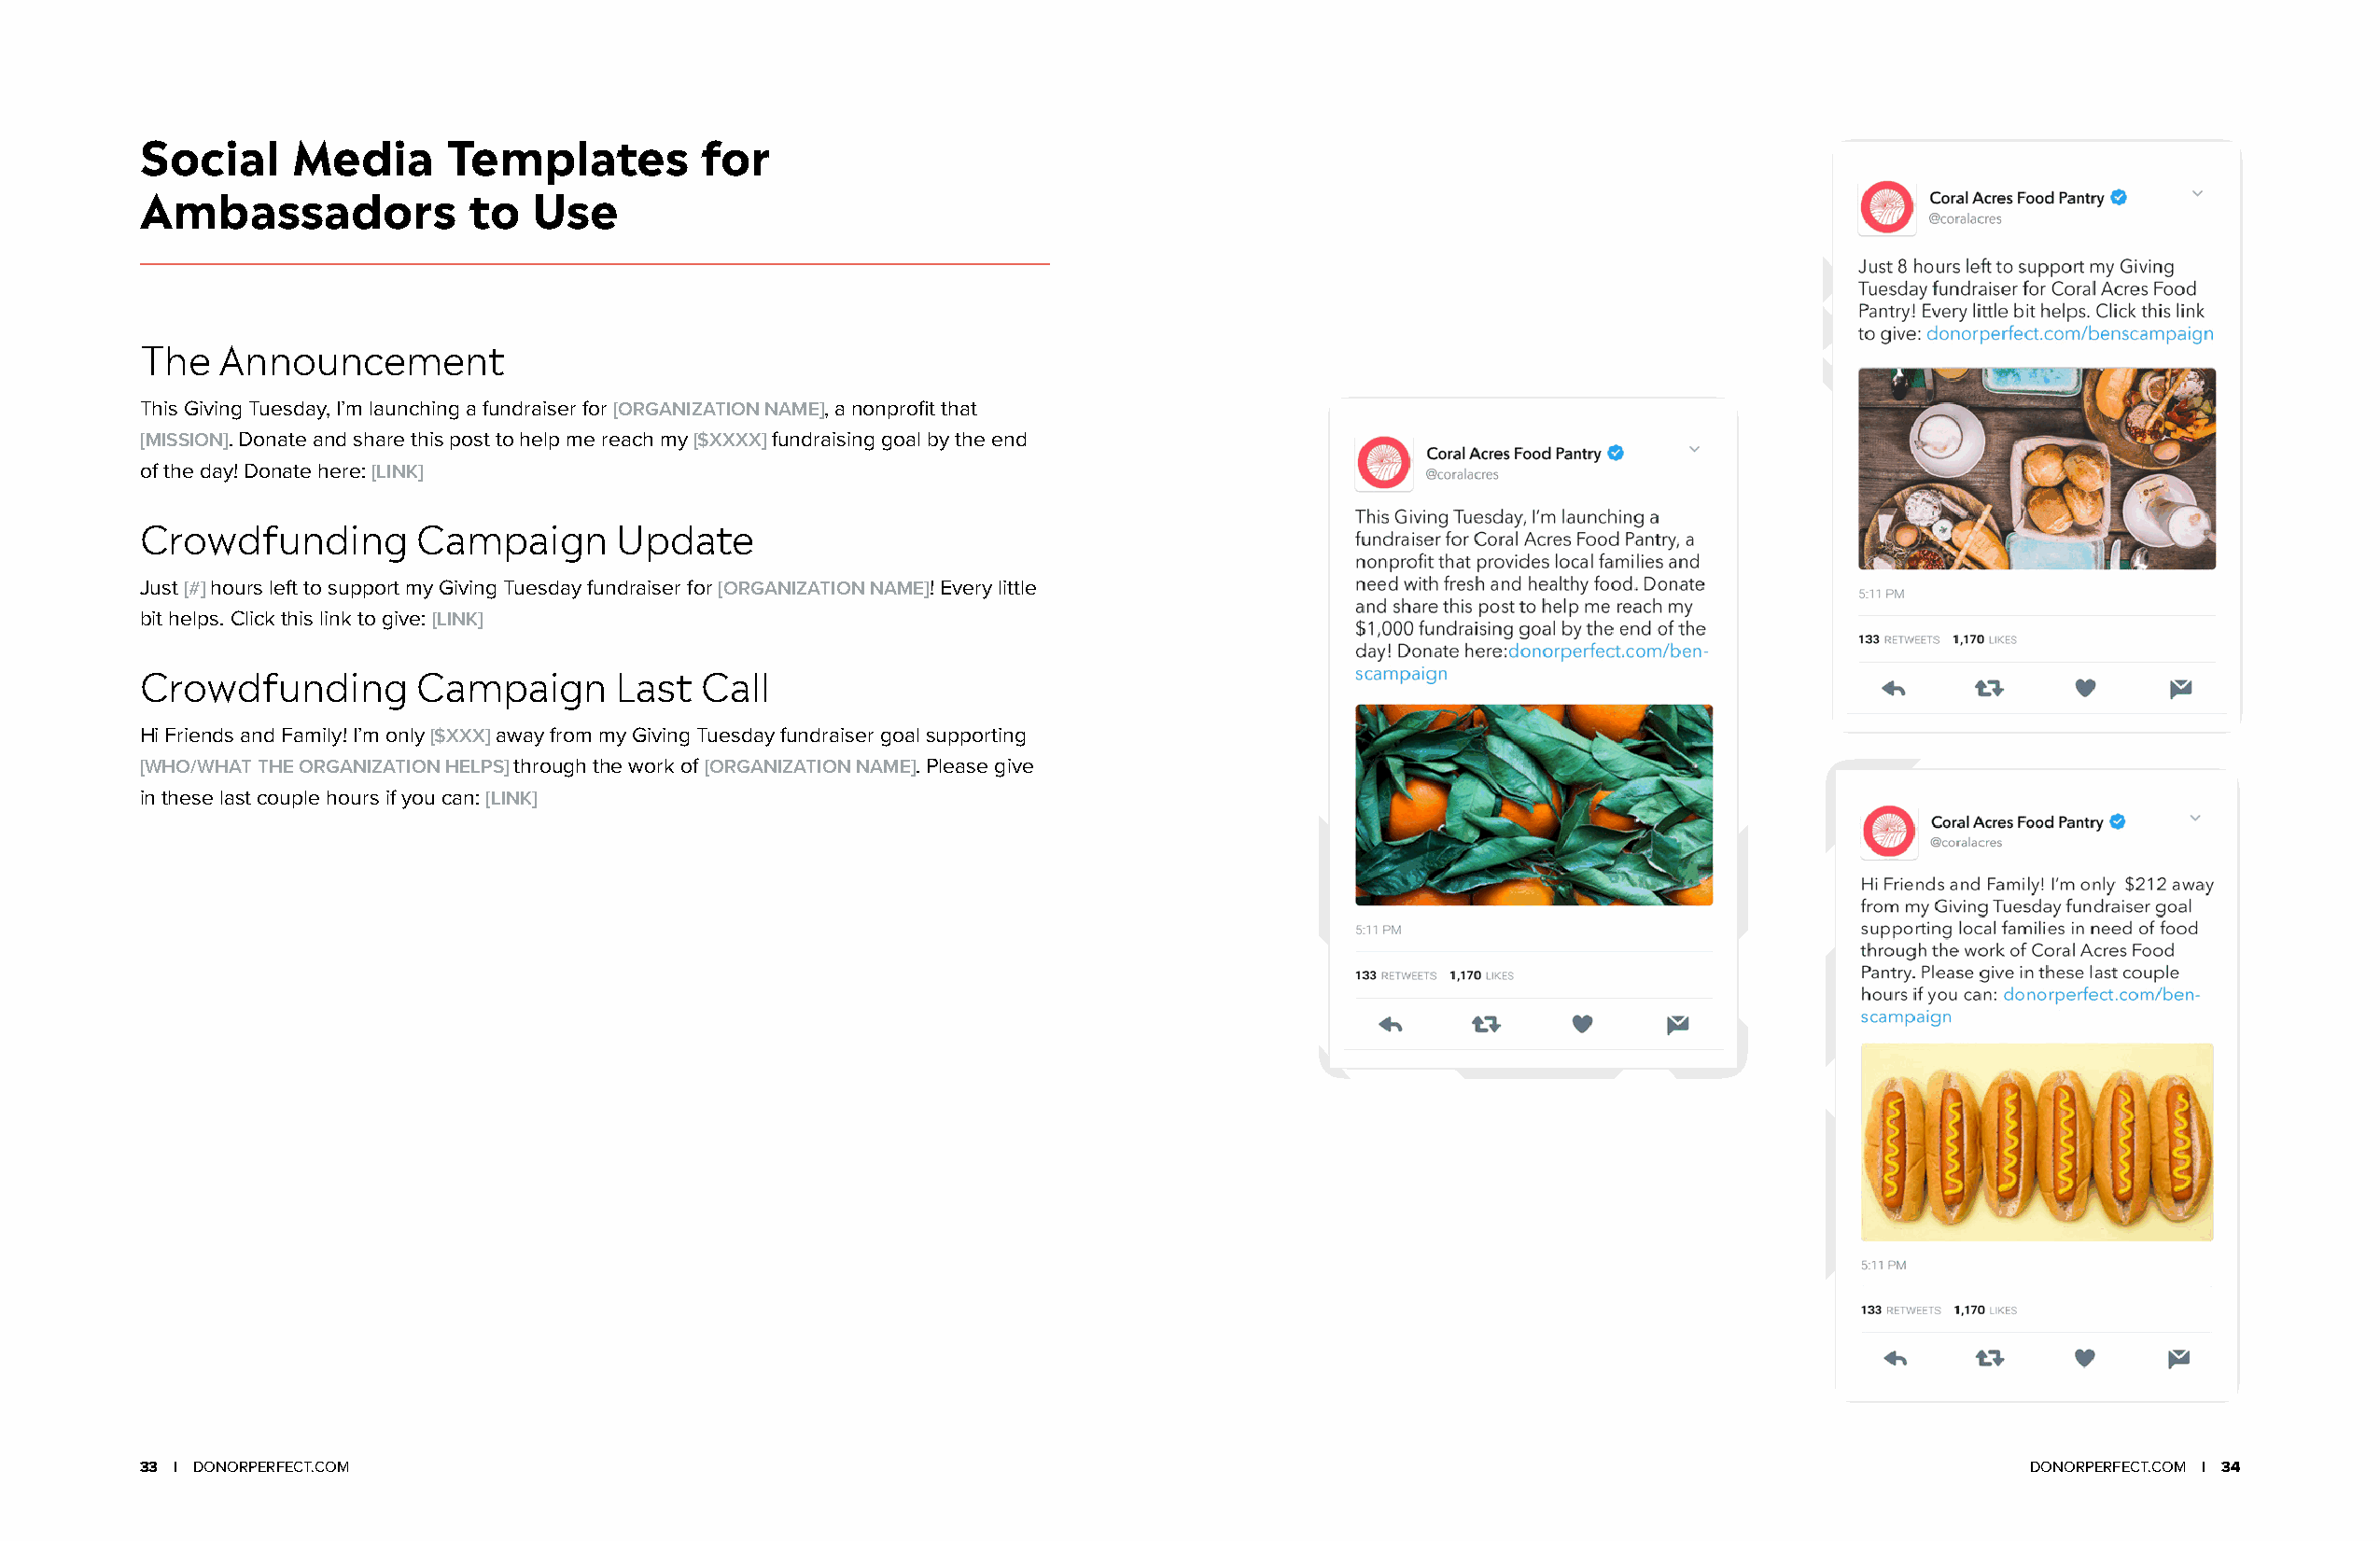
Social     Media      Templates         for
 Ambassadors            to   Use
 The   Announcement
 This Giving Tuesday, I’m launching a fundraiser for [ORGANIZATION NAME], a nonprofit that
 [MISSION]. Donate and share this post to help me reach my [$XXXX] fundraising goal by the end
 of the day! Donate here: [LINK]
 Crowdfunding        Campaign      Update
 Just [#] hours left to support my Giving Tuesday fundraiser for [ORGANIZATION NAME]! Every little
 bit helps. Click this link to give: [LINK]
 Crowdfunding        Campaign      Last  Call
 Hi Friends and Family! I’m only [$XXX] away from my Giving Tuesday fundraiser goal supporting
 [WHO/WHAT THE ORGANIZATION HELPS] through the work of [ORGANIZATION NAME]. Please give
 in these last couple hours if you can: [LINK]
 33 | DONORPERFECT.COM                                                                                                                 DONORPERFECT.COM | 34